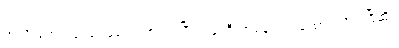
အလို မောင်မြင့်ဝေမတွေ့တာကြာပြီ ကုမ္ပဏီ တစ်ခုတည်ထောင်လိုက်ပြီဆို။